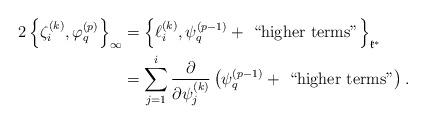
LaTeX: \begin{align*}2\left\{\zeta_i^{(k)},\varphi_q^{(p)}\right\}_{\infty} & = \left\{\ell_i^{(k)}, \psi_q^{(p-1)} + \mbox{ ``higher terms''} \right\}_{\mathfrak{k}^*} \\& = \sum_{j=1}^i \frac{\partial}{\partial \psi_j^{(k)}} \left(\psi_q^{(p-1)} + \mbox{ ``higher terms''}\right).\end{align*}